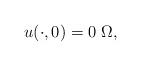
LaTeX: \begin{align*}u(\cdot,0) = 0~\Omega,\end{align*}